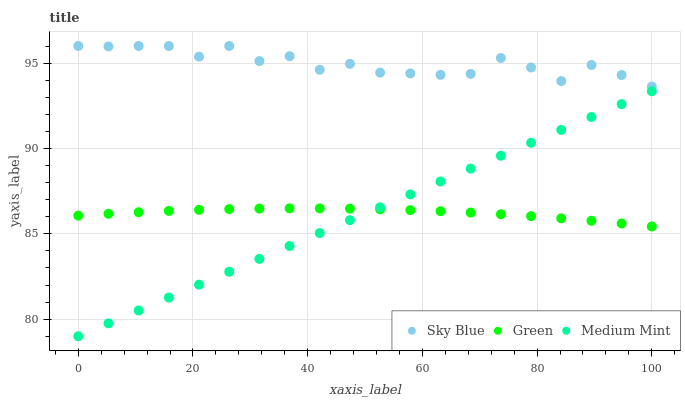
| xaxis_label | Sky Blue | Green | Medium Mint |
 | --- | --- | --- | --- |
 | 0 | 96 | 86.1 | 79 |
 | 5.26 | 96 | 86.2 | 79.8 |
 | 10.5 | 96 | 86.3 | 80.5 |
 | 15.8 | 96 | 86.3 | 81.3 |
 | 21.1 | 95.4 | 86.4 | 82 |
 | 26.3 | 96 | 86.4 | 82.8 |
 | 31.6 | 95.1 | 86.5 | 83.5 |
 | 36.8 | 95.4 | 86.5 | 84.3 |
 | 42.1 | 94.6 | 86.5 | 85 |
 | 47.4 | 95 | 86.5 | 85.8 |
 | 52.6 | 94.4 | 86.4 | 86.6 |
 | 57.9 | 94.4 | 86.4 | 87.3 |
 | 63.2 | 94.3 | 86.3 | 88.1 |
 | 68.4 | 94.4 | 86.2 | 88.8 |
 | 73.7 | 95.3 | 86.1 | 89.6 |
 | 78.9 | 94.7 | 86 | 90.3 |
 | 84.2 | 93.9 | 85.9 | 91.1 |
 | 89.5 | 94.9 | 85.8 | 91.8 |
 | 94.7 | 94.3 | 85.6 | 92.6 |
 | 100 | 93.6 | 85.4 | 93.4 |